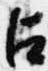
占